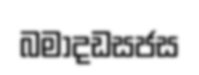
බමාදඩසජස